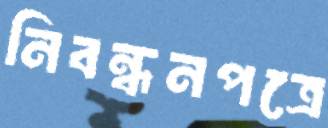
নিবন্ধনপত্রে